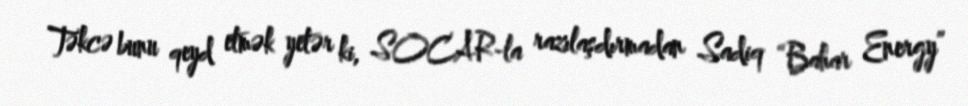
Təkcə bunu qeyd etmək yetər ki, SOCAR-la razılaşdırmadan Sadiq “Bahar Energy”